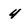
Character: 4